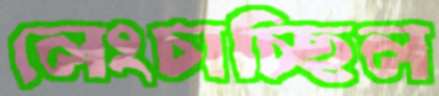
লেংচাচ্ছিল